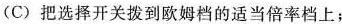
(C)把选择开关拨到欧姆档的适当倍率档上；